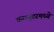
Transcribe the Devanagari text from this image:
कम्प्युटरमध्ये